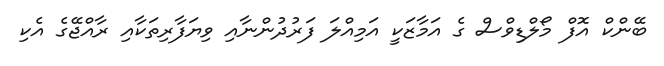
ބޭންކް އޮފް މޯލްޑިވްސް ގެ އަމާޒަކީ އަމިއްލަ ފަރުދުންނާއި ވިޔަފާރިތަކާއި ރާއްޖޭގެ އެކި